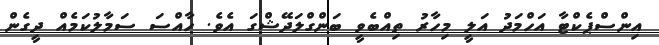
އިންސްޕެކްޓާ އަހްމަދު އަލީ މިހާރު ތިއްބެވީ ބަންގްލަދޭޝްގަ އެވެ. ހާއްސަ ސަމާލުކަމެއް ދީގެން